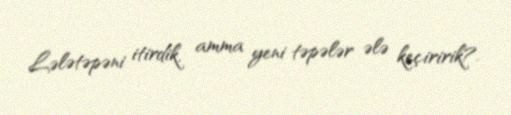
Lələtəpəni itirdik, amma yeni təpələr ələ keçiririk?.